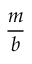
\frac { m } { b }